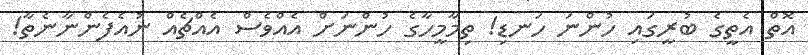
އޮތް އެތީގެ ބުރީގައި ހުންނަ ހަނޑި! ތިމާމީހާގެ ހުންނަށް އެއްވެސް އެއްޗެއް ނުއެފެންނާނެތާ!